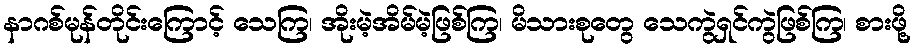
နာဂစ်မုန်တိုင်းကြောင့် သေကြ၊ အိုးမဲ့အိမ်မဲ့ဖြစ်ကြ၊ မိသားစုတွေ သေကွဲရှင်ကွဲဖြစ်ကြ၊ စားဖို့